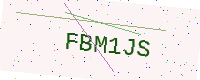
Text: FBM1JS